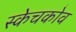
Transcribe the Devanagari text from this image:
स्केचकोव